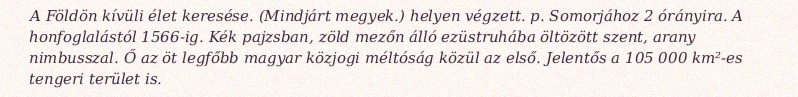
A Földön kívüli élet keresése. (Mindjárt megyek.) helyen végzett. p. Somorjához 2 órányira. A honfoglalástól 1566-ig. Kék pajzsban, zöld mezőn álló ezüstruhába öltözött szent, arany nimbusszal. Ő az öt legfőbb magyar közjogi méltóság közül az első. Jelentős a 105 000 km²-es tengeri terület is.